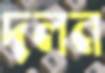
দলন